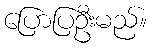
ပြောပြဦးမည်။